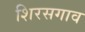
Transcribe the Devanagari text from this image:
शिरसगाव